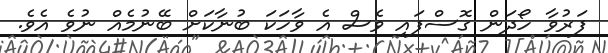
ފަރުވާ ހޯދަން ގޮސްފައި ވެސް އެ ވާހަކަ ބުނާކަށް ބޭނުމެއް ނުވެ އެވެ.